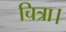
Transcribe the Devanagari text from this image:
चित्रा।